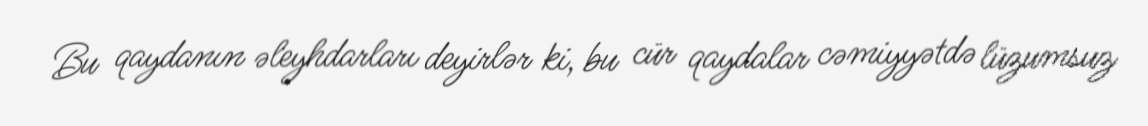
Bu qaydanın əleyhdarları deyirlər ki, bu cür qaydalar cəmiyyətdə lüzumsuz